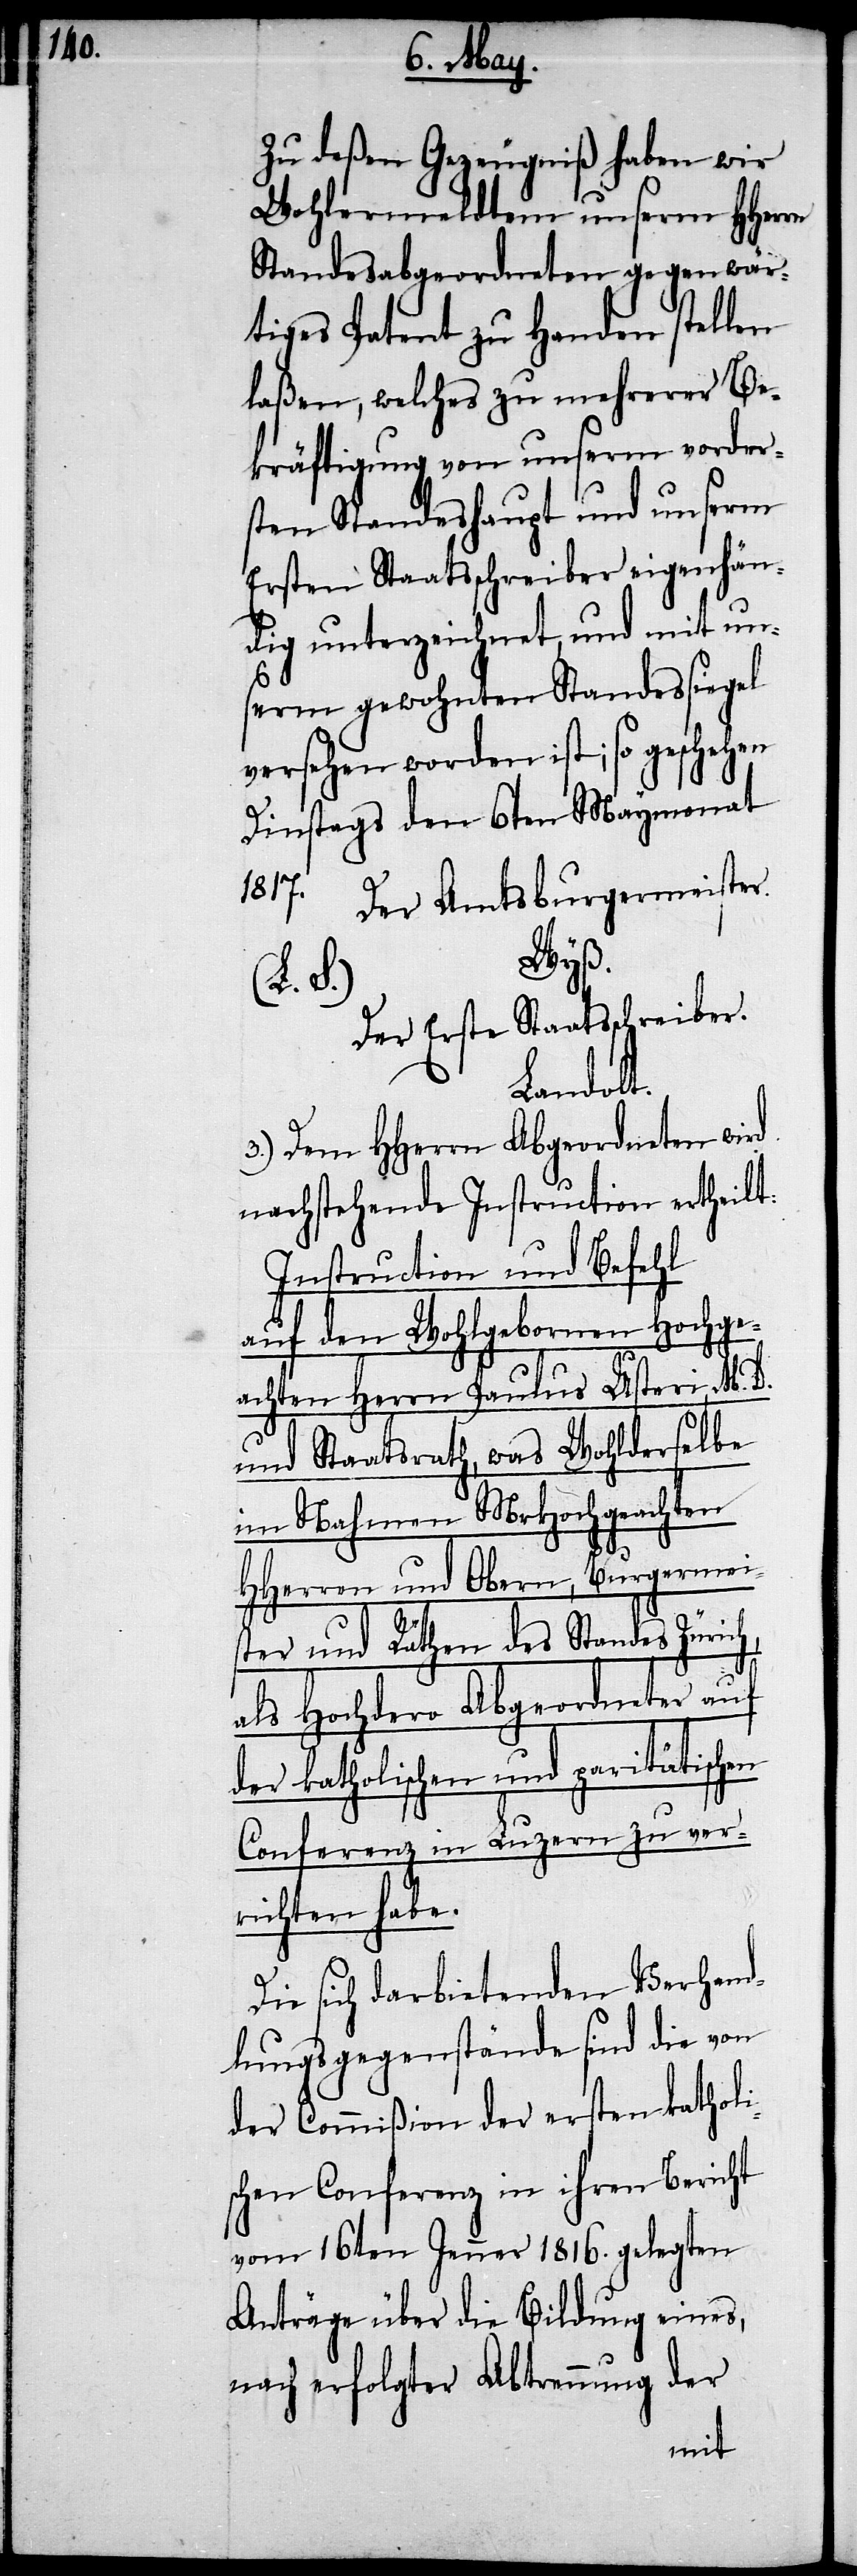
Zu deßen Gezeugniß haben wir
Wohlermeldtem unserm HHerrn
Standesabgeordnetem gegenwär¬
tiges Patent zu Handen stellen
laßen, welches zu mehrerer Be¬
kräftigung von unserm vorder¬
sten Standeshaupt und unserm
Ersten Staatsschreiber eigenhän¬
dig unterzeichnet, und mit un¬
serm gewohnten Standessiegel
versehen worden ist; so geschehen
Dienstags den 6ten Maymonat
1817.
Der Amtsburgermeister.
Wyß.
(L. S.)
Der Erste Staatsschreiber.
Landolt.
3.) Dem HHerrn Abgeordneten wird
nachstehende Instruction ertheilt:
Instruction und Befehl
auf den Wohlgebornen Hochge¬
achten Herrn Paulus Usteri, M. D.
und Staatsrath, was Wohlderselbe
im Nahmen MrHochgeachten
HHerren und Obern, Burgermeis¬
ter und Räthen des Standes Zürich,
als Hochdero Abgeordneter auf
der katholischen und paritätischen
Conferenz in Luzern zu ver¬
richten habe.
Die sich darbietenden Verhand¬
lungsgegenstände sind die von
der Commißion der ersten katholi¬
schen Conferenz in ihrem Bericht
vom 16ten Jenner 1816. gelegten
Anträge über die Bildung eines,
nach erfolgter Abtrennung der